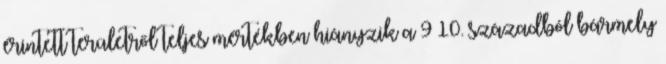
érintett területről teljes mértékben hiányzik a 9–10. századból bármely